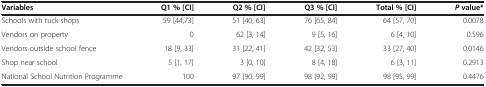
| Variables | Q1 % [CI] | Q2 % [CI] | Q3 % [CI] | Total % [CI] | Pvalue* |
 | --- | --- | --- | --- | --- | --- |
 | Schools with tuck shops | 59 [44,73] | 51 [40, 63] | 76 [65, 84] | 64 [57, 70] | 0.0078 |
 | Vendors on property | 0 | 62 [3, 14] | 9 [5, 16] | 6 [4, 10] | 0.596 |
 | Vendors outside school fence | 18 [9, 33] | 31 [22, 41] | 42 [32, 53] | 33 [27, 40] | 0.0146 |
 | Shop near school | 5 [1, 17] | 3 [0, 10] | 8 [4, 18] | 6 [3, 11] | 0.2913 |
 | National School Nutrition Programme | 100 | 97 [90, 99] | 98 [92, 99] | 98 [95, 99] | 0.4476 |